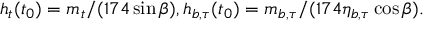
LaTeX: h _ { t } ( t _ { 0 } ) = m _ { t } / ( 1 7 4 \sin \beta ) , h _ { b , \tau } ( t _ { 0 } ) = m _ { b , \tau } / ( 1 7 4 \eta _ { b , \tau } \cos \beta ) .